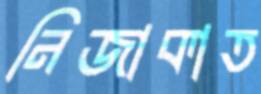
নিজাকাত